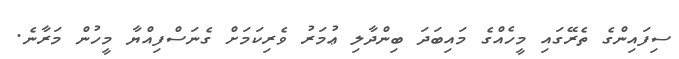
ސިފައިންގެ ތެރޭގައި މީހެއްގެ މައިބަދަ ބިންދާލި ޢުމަރު ވެރިކަމަށް ގެނަސްފިއްޔާ މީހުން މަރާނެ.